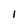
Character: I